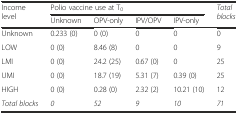
<table><thead><tr><td rowspan="2"><b>Income level</b></td><td colspan="4"><b>Polio vaccine use at T<sub>0</sub></b></td><td rowspan="2"><b><i>Total blocks</i></b></td></tr><tr><td><b>Unknown</b></td><td><b>OPV-only</b></td><td><b>IPV/OPV</b></td><td><b>IPV-only</b></td></tr></thead><tbody><tr><td>Unknown</td><td>0.233 (0)</td><td>0 (0)</td><td>0</td><td>0</td><td>0</td></tr><tr><td>LOW</td><td>0 (0)</td><td>8.46 (8)</td><td>0</td><td>0</td><td>9</td></tr><tr><td>LMI</td><td>0 (0)</td><td>24.2 (25)</td><td>0.67 (0)</td><td>0</td><td>25</td></tr><tr><td>UMI</td><td>0 (0)</td><td>18.7 (19)</td><td>5.31 (7)</td><td>0.39 (0)</td><td>25</td></tr><tr><td>HIGH</td><td>0 (0)</td><td>0.28 (0)</td><td>2.32 (2)</td><td>10.21 (10)</td><td>12</td></tr><tr><td><i>Total blocks</i></td><td><i>0</i></td><td><i>52</i></td><td><i>9</i></td><td><i>10</i></td><td><i>71</i></td></tr></tbody></table>